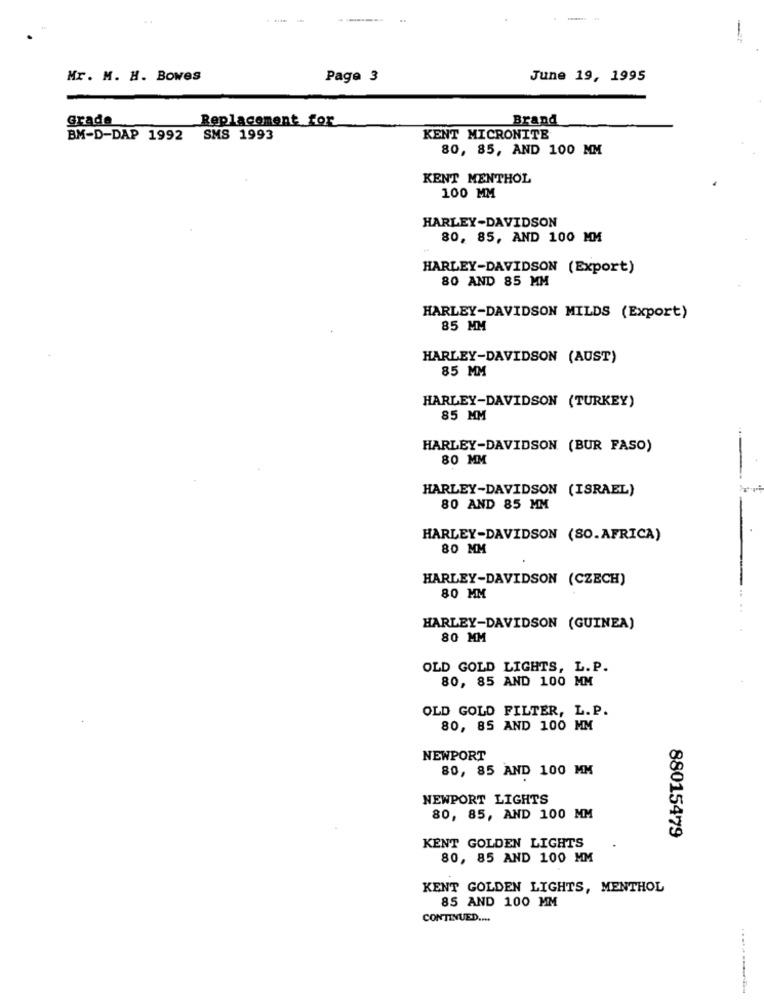
Mr. M. H. Bowes
Page 3
June 19, 1995
Grade
Replacement for
Brand
BM-D-DAP 1992
SMS 1993
KENT MICRONITE
80, 85, AND 100 MM
KENT MENTHOL
100 MM
HARLEY-DAVIDSON
80, 85, AND 100 MM
HARLEY-DAVIDSON (Export)
80 AND 85 MM
HARLEY-DAVIDSON MILDS (Export)
85 MM
HARLEY-DAVIDSON (AUST)
85 MM
HARLEY-DAVIDSON (TURKEY)
85 MM
HARLEY-DAVIDSON (BUR FASO)
80 MM
HARLEY-DAVIDSON (ISRAEL)
80 AND 85 MM
HARLEY-DAVIDSON (SO.AFRICA)
80 MM
HARLEY-DAVIDSON (CZECH)
80 MM
HARLEY-DAVIDSON (GUINEA)
80 MM
OLD GOLD LIGHTS, L. P.
80, 85 AND 100 MM
OLD GOLD FILTER, L.P.
80, 85 AND 100 MM
NEWPORT
80, 85 AND 100 MM
NEWPORT LIGHTS
80, 85, AND 100 MM
88015479
KENT GOLDEN LIGHTS
80, 85 AND 100 MM
KENT GOLDEN LIGHTS, MENTHOL
85 AND 100 MM
CONTINUED ....